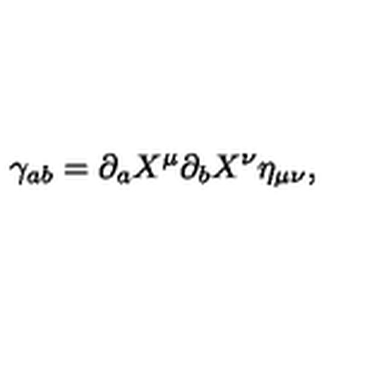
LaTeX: \gamma _ { a b } = \partial _ { a } X ^ { \mu } \partial _ { b } X ^ { \nu } \eta _ { \mu \nu } ,